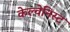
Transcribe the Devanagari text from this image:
केल्वेनिस्ट